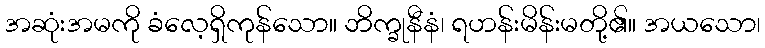
အဆုံးအမကို ခံလေ့ရှိကုန်သော။ ဘိက္ခုနီနံ၊ ရဟန်းမိန်းမတို့၏။ အယသော၊